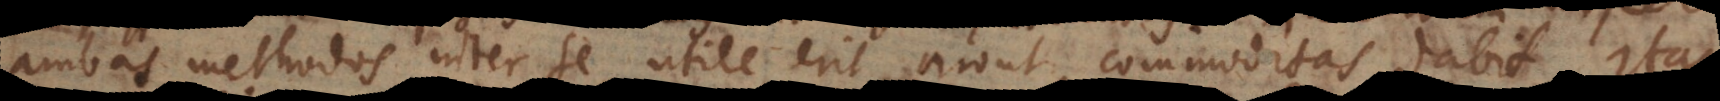
ambas methodos inter se, utile erit, prout commoditas dabit. Itaque